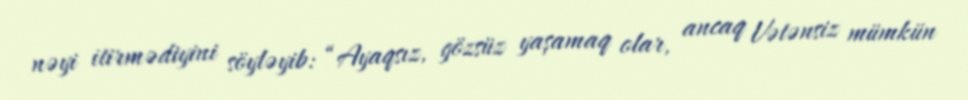
nəyi itirmədiyini söyləyib: “Ayaqsız, gözsüz yaşamaq olar, ancaq Vətənsiz mümkün